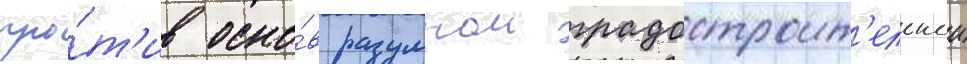
про́т'ив осно́в разумнои градостроит'ельнои